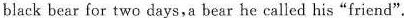
black bear for two days,a bear he called his"friend".